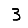
Digit: 3